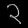
Digit: ၃